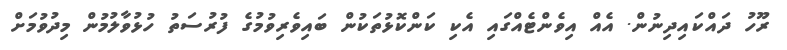
ރޫހު ދައްކައިދިނުން. އެއް އިވެންޓެއްގައި އެކި ކަންކޮޅުތަކުން ބައިވެރިވުމުގެ ފުރުސަތު ހުޅުވާލުމުން މިދުވުމަށް